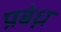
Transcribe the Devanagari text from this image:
प्रबंध्न